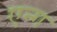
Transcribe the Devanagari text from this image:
एन्ग